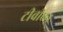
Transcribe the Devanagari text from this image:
टीवीएन